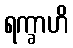
ရက္ခာဟိ